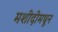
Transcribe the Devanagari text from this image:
मशीदीमधून